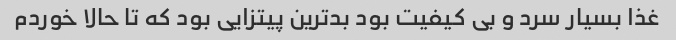
غذا بسیار سرد و بی کیفیت بود بدترین پیتزایی بود که تا حالا خوردم